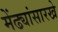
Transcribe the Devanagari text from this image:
मेंढ्यांसारखे